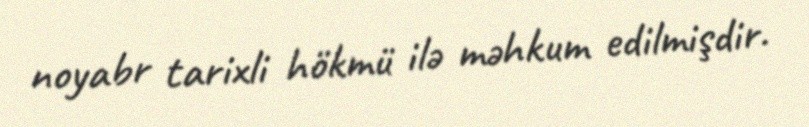
noyabr tarixli hökmü ilə məhkum edilmişdir.